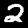
Label: 2